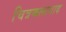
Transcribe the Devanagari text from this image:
चित्रकलावाद